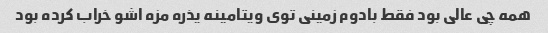
همه چی عالی بود فقط بادوم زمینی توی ویتامینه یذره مزه اشو خراب کرده بود